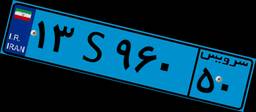
۱۳S۹۶۰۵۰